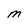
Character: M